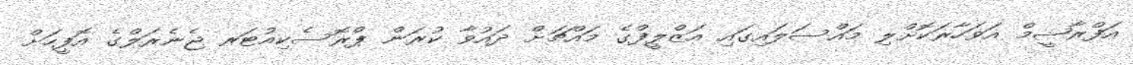
އަފްރާޝީމް އަވަހާރަކޮށްލި މައްސަލައިގައި އަޒްލީފްގެ މައްޗަށް ދައުވާ ކުރަން ޕްރޮސެކިއުޓަރ ޖެނެރަލްގެ އޮފީހަށް